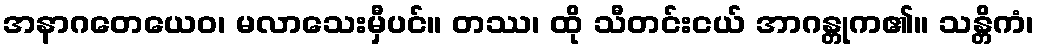
အနာဂတေယေဝ၊ မလာသေးမှီပင်။ တဿ၊ ထို သီတင်းငယ် အာဂန္တုက၏။ သန္တိကံ၊